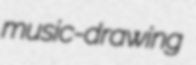
music-drawing